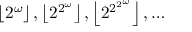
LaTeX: \left\lfloor 2 ^ { \omega } \right\rfloor , \left\lfloor 2 ^ { 2 ^ { \omega } } \right\rfloor , \left\lfloor 2 ^ { 2 ^ { 2 ^ { \omega } } } \right\rfloor , \dots